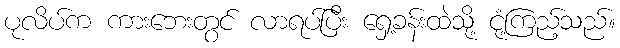
ပုလိပ်က ကားဘေးတွင် လာရပ်ပြီး ရှေ့ခန်းထဲသို့ ငုံ့ကြည့်သည်။